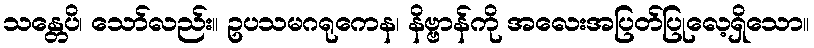
သန္တေပိ၊ သော်လည်း။ ဥပသမဂရုကေန၊ နိဗ္ဗာန်ကို အလေးအပြတ်ပြုလေ့ရှိသော။